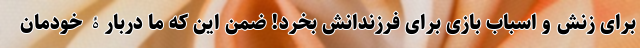
برای زنش و اسباب بازی برای فرزندانش بخرد! ضمن این که ما دربارۀ خودمان